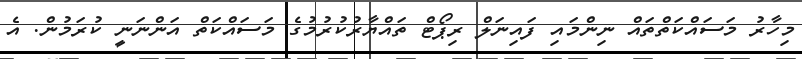
މިހާރު މަސައްކަތްތައް ނިންމައި ފައިނަލް ރިޕޯޓް ތައްޔާރުކުރުމުގެ މަސައްކަތް އަންނަނީ ކުރަމުން. އެ